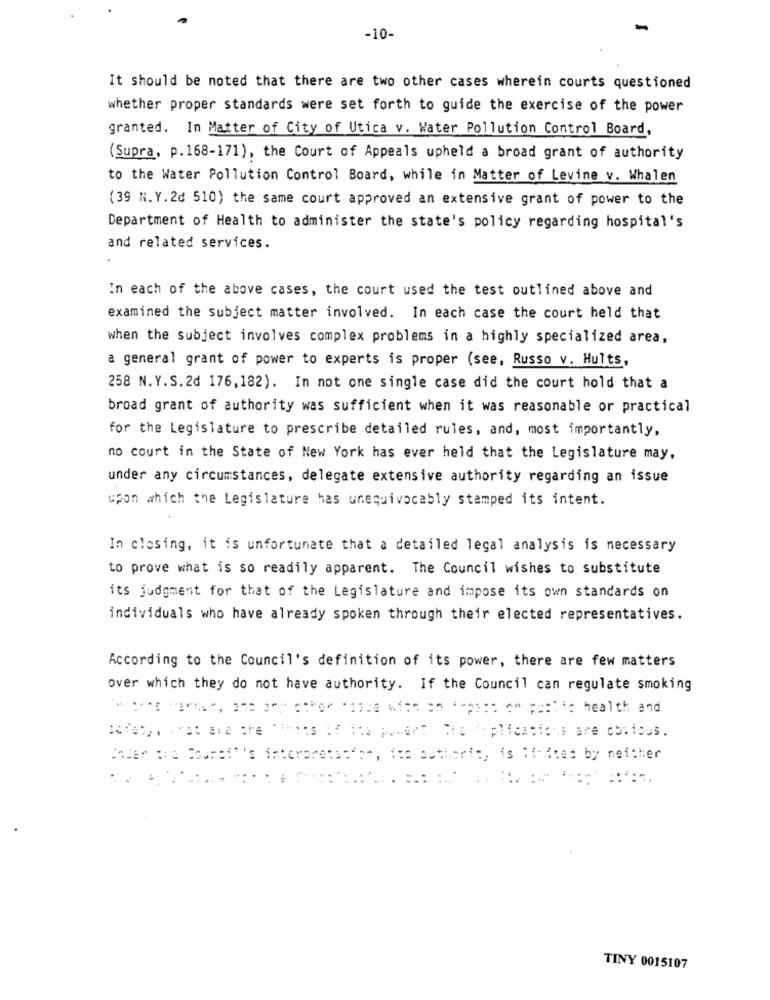
-
-10-
It should be noted that there are two other cases wherein courts questioned
whether proper standards were set forth to guide the exercise of the power
granted. In Matter of City of Utica v. Water Pollution Control Board,
(Supra, p.168-171), the Court of Appeals upheld a broad grant of authority
to the Water Pollution Control Board, while in Matter of Levine v. Whalen
(39 N. Y. 2d 510) the same court approved an extensive grant of power to the
Department of Health to administer the state's policy regarding hospital's
and related services.
In each of the above cases, the court used the test outlined above and
examined the subject matter involved. In each case the court held that
when the subject involves complex problems in a highly specialized area,
a general grant of power to experts is proper (see, Russo v. Hults,
258 N.Y.S.2d 176,182). In not one single case did the court hold that a
broad grant of authority was sufficient when it was reasonable or practical
for the Legislature to prescribe detailed rules, and, most importantly,
no court in the State of New York has ever held that the Legislature may,
under any circumstances, delegate extensive authority regarding an issue
upon which the Legislature has unequivocably stamped its intent.
In closing, it is unfortunate that a detailed legal analysis is necessary
to prove what is so readily apparent. The Council wishes to substitute
its judgment for that of the Legislature and impose its own standards on
individuals who have already spoken through their elected representatives.
According to the Council's definition of its power, there are few matters
over which they do not have authority. If the Council can regulate smoking
Dofoto, rot and the limits of its powert The de plications are cbcious.
Bader are Soumet"'s interpretas"s", ios authoris, is listed by neither
TINY 0015107